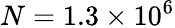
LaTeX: N=1.3\times 10^{6}